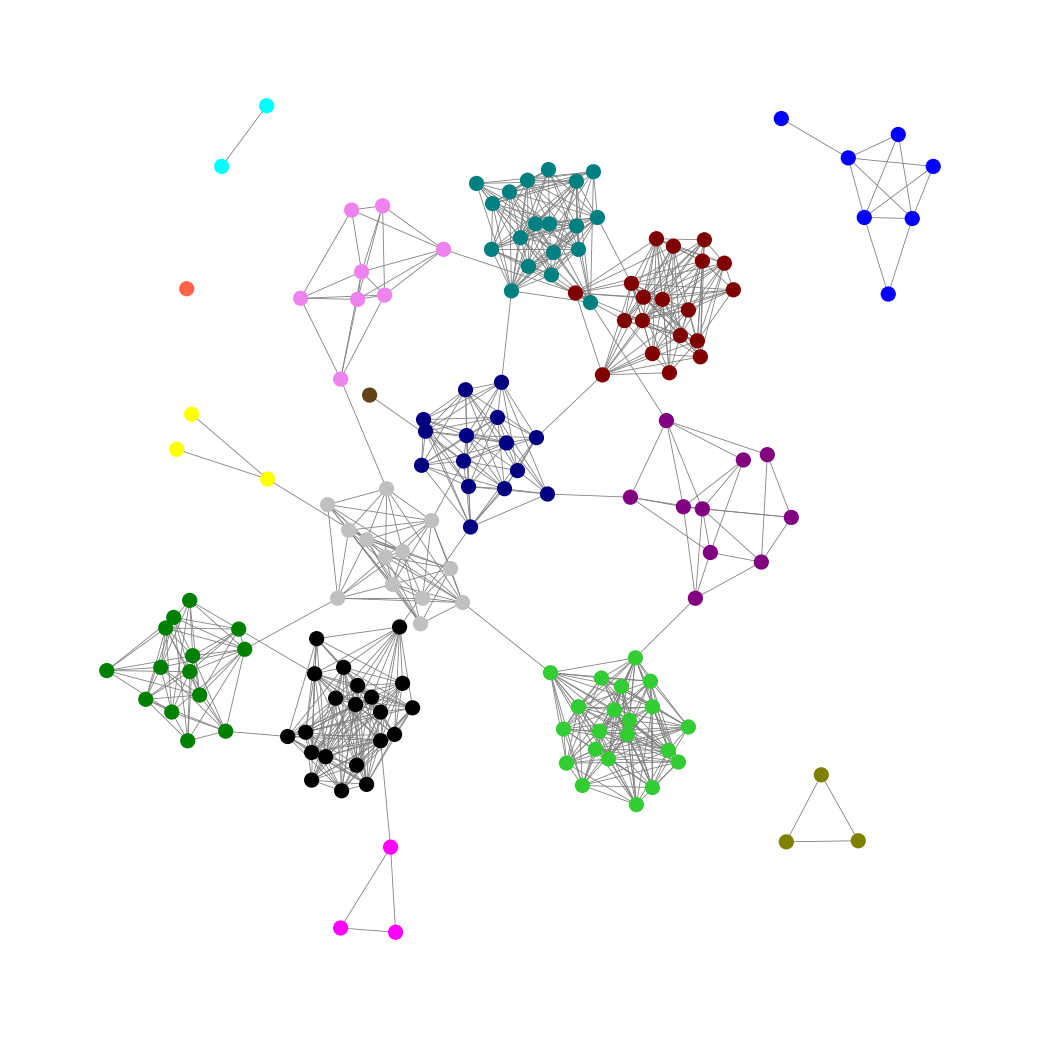
Graph connected: No
Number of connected components: 5
Number of singletons: 1
Total number of nodes: 160
Total number of edges: 817
Number of communities: 16
Community sizes:
Aqua: 2
Black: 21
Blue: 7
Fuchsia: 3
Green: 14
Lime Green: 21
Maroon: 19
Navy: 15
Olive: 3
Pullman Brown: 1
Purple: 10
Silver: 13
Teal: 19
Tomato: 1
Violet: 8
Yellow: 3
Graph layout: tda
Graph generation method: erdos_renyi